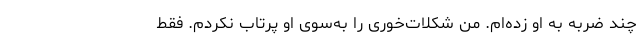
چند ضربه به او زده‌ام. من شکلات‌خوری را به‌سوی او پرتاب نکردم. فقط